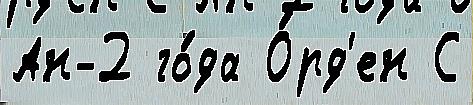
Ан-2 го́да О́рд'ен С